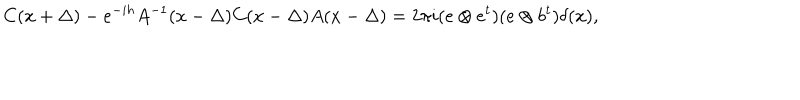
C ( x + \Delta ) - e ^ { - i h } A ^ { - 1 } ( x - \Delta ) C ( x - \Delta ) A ( x - \Delta ) = 2 \pi i ( e \otimes e ^ { t } ) ( e \otimes b ^ { t } ) \delta ( x ) ,